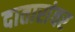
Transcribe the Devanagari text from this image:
दातारांवर